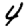
Digit: 4